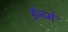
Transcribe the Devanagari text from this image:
ईनमे